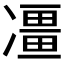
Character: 𠘌